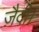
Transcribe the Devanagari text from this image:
ज़ैदी।